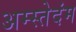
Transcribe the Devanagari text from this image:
अम्स्तेदंम